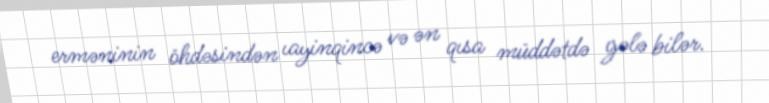
erməninin öhdəsindən ıayinqincə və ən qısa müddətdə gələ bilər.